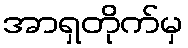
အာရှတိုက်မှ